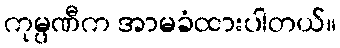
ကုမ္ပဏီက အာမခံထားပါတယ်။